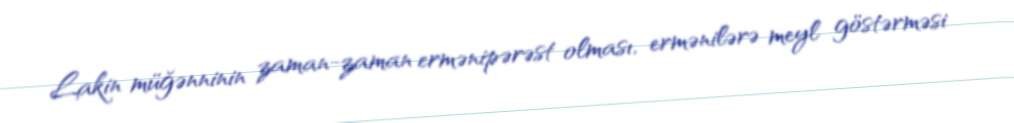
Lakin müğənninin zaman-zaman ermənipərəst olması, ermənilərə meyl göstərməsi